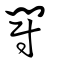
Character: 闘